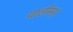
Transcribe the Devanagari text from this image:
चालीसा।